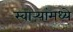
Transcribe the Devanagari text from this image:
स्वाऱ्यांमध्ये